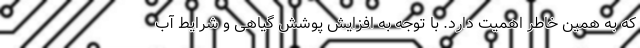
که به همین خاطر اهمیت دارد. با توجه به افزایش پوشش گیاهی و شرایط آب